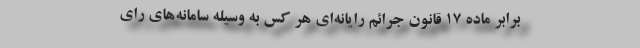
برابر ماده ۱۷ قانون جرائم رایانه‌ای هر کس به وسیله سامانه‌های رای